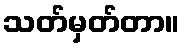
သတ်မှတ်တာ။